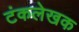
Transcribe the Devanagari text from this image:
टंकलेखक